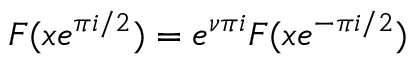
F ( x e ^ { \pi i / 2 } ) = e ^ { \nu \pi i } F ( x e ^ { - \pi i / 2 } )